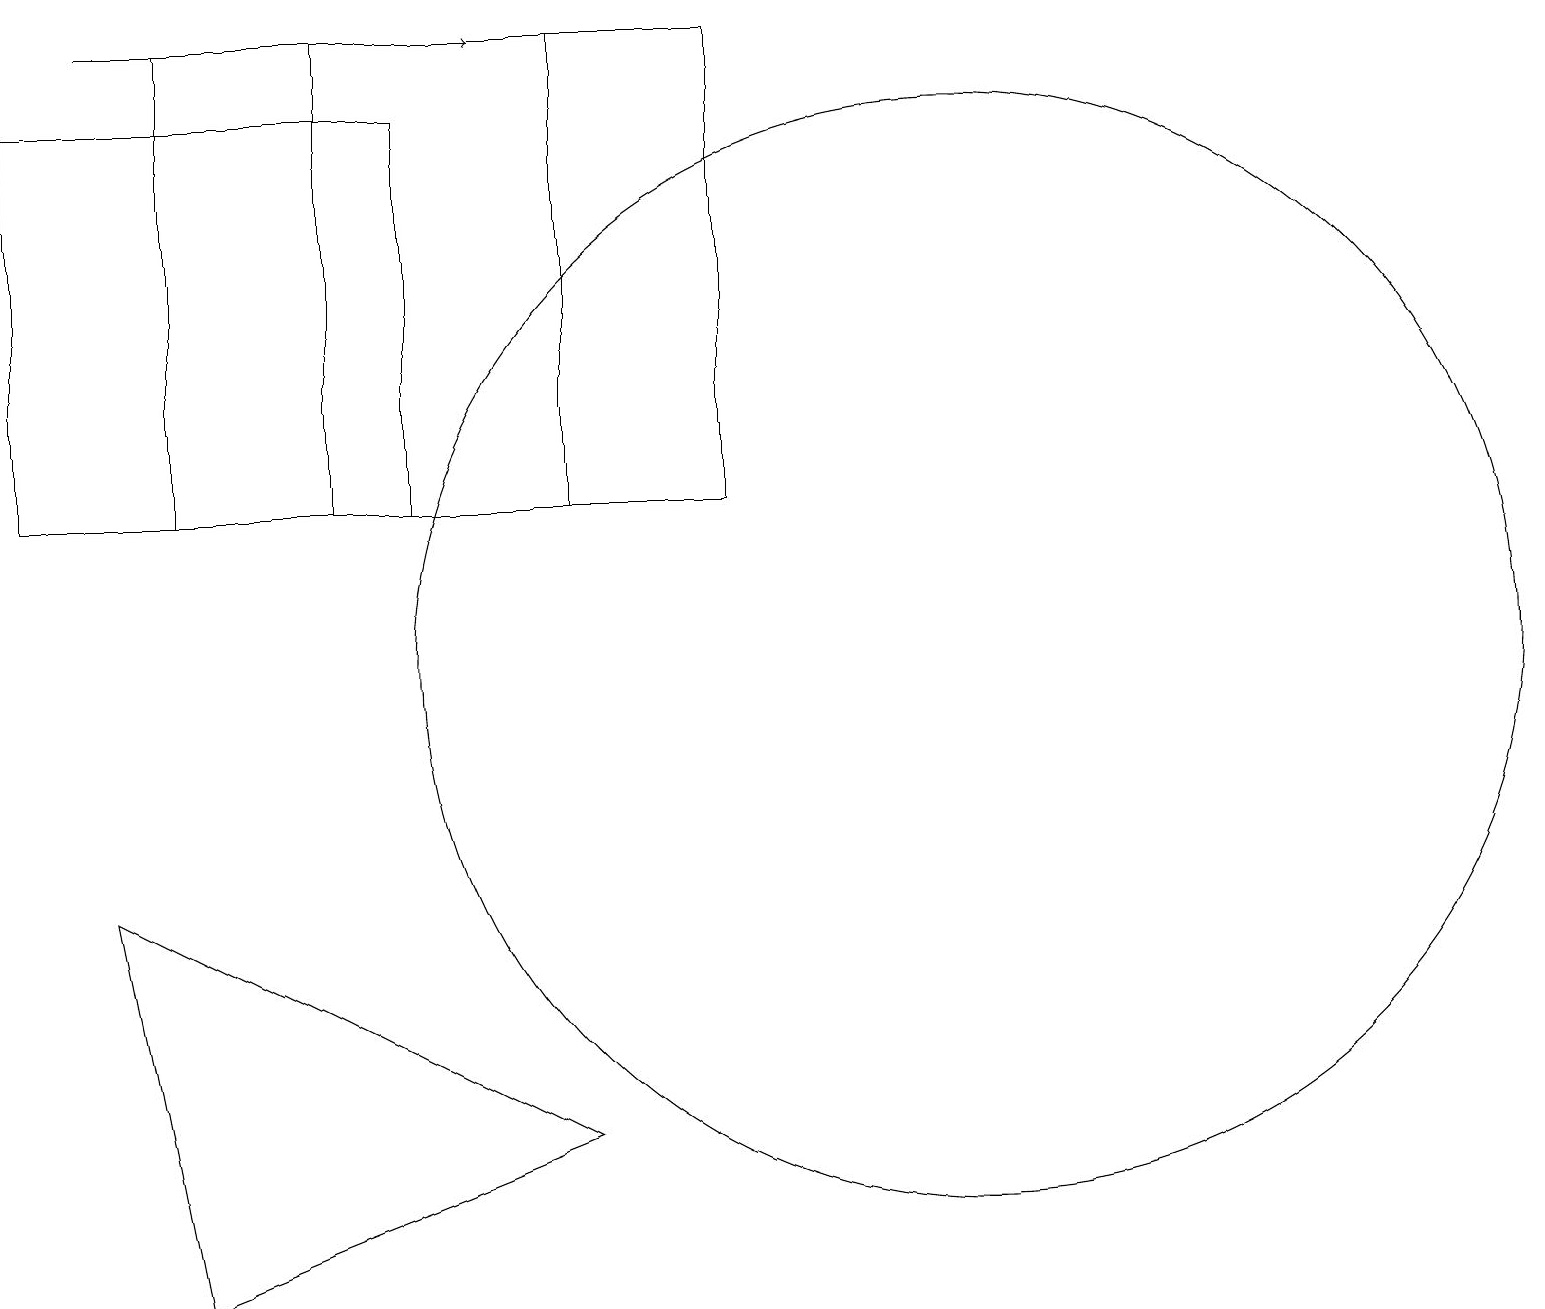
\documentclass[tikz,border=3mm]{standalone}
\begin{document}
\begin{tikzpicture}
\draw[->] (1,19) -- (6,19);
\draw (7,13) rectangle (4,19);
\draw (7,5) -- (2,3) -- (1,8) -- cycle;
\draw (5,13) rectangle (0,18);
\draw (2,13) rectangle (9,19);
\draw (12,11) circle (7);
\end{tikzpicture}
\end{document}